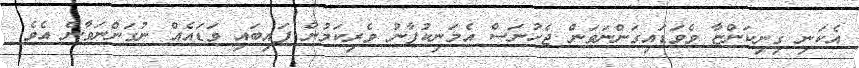
އެކަނި ގިނިކަންޏާ ވެވަޑައިގަންނަވަން ޖެހުނަސް އެމަނިކުފާނު ވެރިކަމުން ފައިބައި ވަޑައެއް ނުގަންނަވާނެ އެވެ.